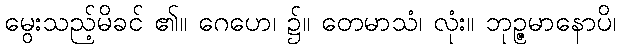
မွေးသည့်မိခင် ၏။ ဂေဟေ၊ ၌။ တေမာသံ၊ လုံး။ ဘုဉ္ဇမာနောပိ၊